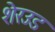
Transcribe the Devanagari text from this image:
शेरउड